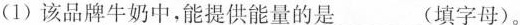
(1)该品牌牛奶中，能提供能量的是(填字母)。 营养成分